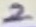
Text: 2